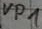
Text: VP1